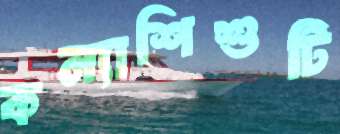
কন্যাশিশুটি